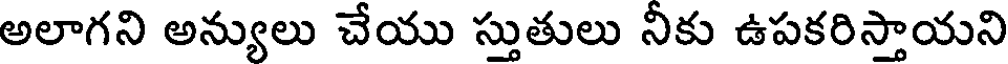
అలాగని అన్యులు చేయు స్తుతులు నికు ఉపకరిస్తాయని